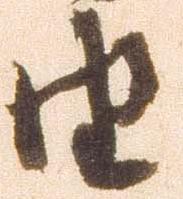
由